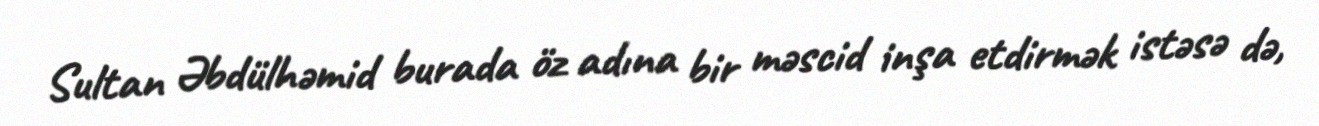
Sultan Əbdülhəmid burada öz adına bir məscid inşa etdirmək istəsə də,